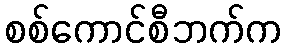
စစ်ကောင်စီဘက်က